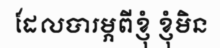
ដែលបារម្ភពីខ្ញុំ ខ្ញុំមិន